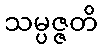
သမ္ပဇ္ဇတိ